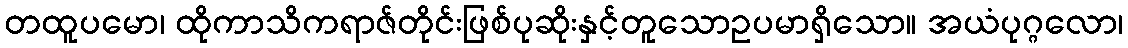
တထူပမော၊ ထိုကာသိကရာဇ်တိုင်းဖြစ်ပုဆိုးနှင့်တူသောဥပမာရှိသော။ အယံပုဂ္ဂလော၊